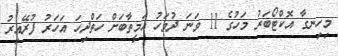
މިހިނގާ އޮކްޓޯބަރު މަހުގެ 11 ވަނަ ދުވަހު އަމީތާބަށް ހަތްދިހަ އަހަރު ފުރޭއިރު